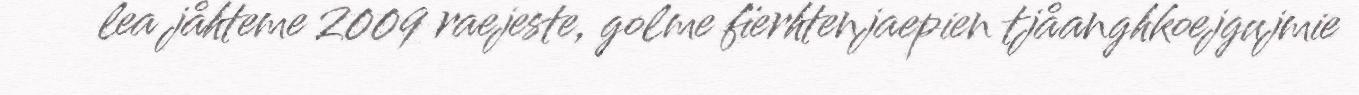
lea jåhteme 2009 raejeste, golme fïerhtenjaepien tjåanghkoejgujmie